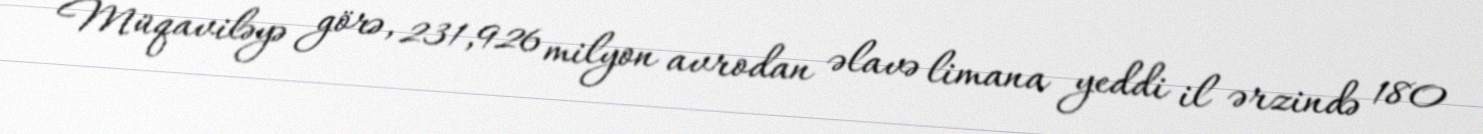
Müqaviləyə görə, 231,926 milyon avrodan əlavə limana yeddi il ərzində 180